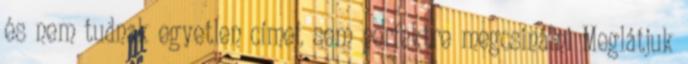
és nem tudnak egyetlen címet sem perfektre megcsinálni Meglátjuk